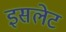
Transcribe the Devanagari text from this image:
इसलेट